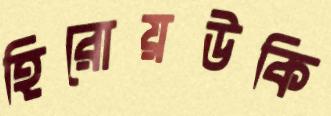
হিরোয়উকি